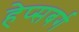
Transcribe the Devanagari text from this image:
हेप्सबर्ग